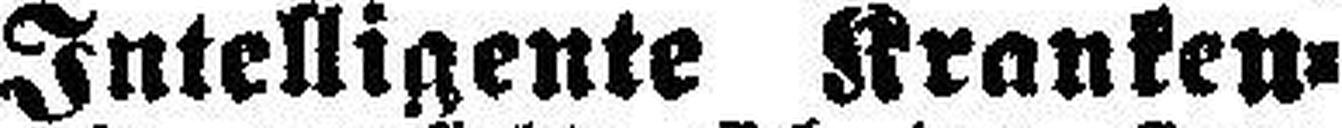
Intelligente Kranken¬